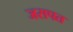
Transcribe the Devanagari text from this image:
जसपत